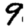
Digit: 9